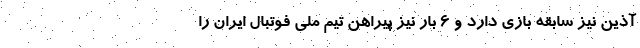
آذین نیز سابقه بازی دارد و ۶ بار نیز پیراهن تیم ملی فوتبال ایران را